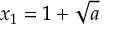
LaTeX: x _ { 1 } = 1 + { \sqrt { a } }